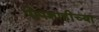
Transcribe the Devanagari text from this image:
पोपशाहीच्या